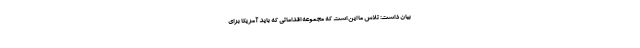
بیان داشت: تلاش ما این است که مجموعه اقداماتی که باید آمریکا برای